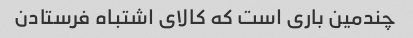
چندمین باری است که کالای اشتباه فرستادن